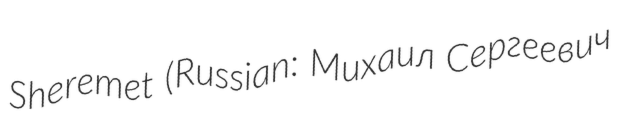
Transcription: Sheremet (Russian: Михаил Сергеевич